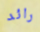
رائد